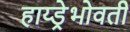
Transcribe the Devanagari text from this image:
हाय्ड्रेभोवती